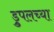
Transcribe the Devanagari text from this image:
ड्रुपलच्या